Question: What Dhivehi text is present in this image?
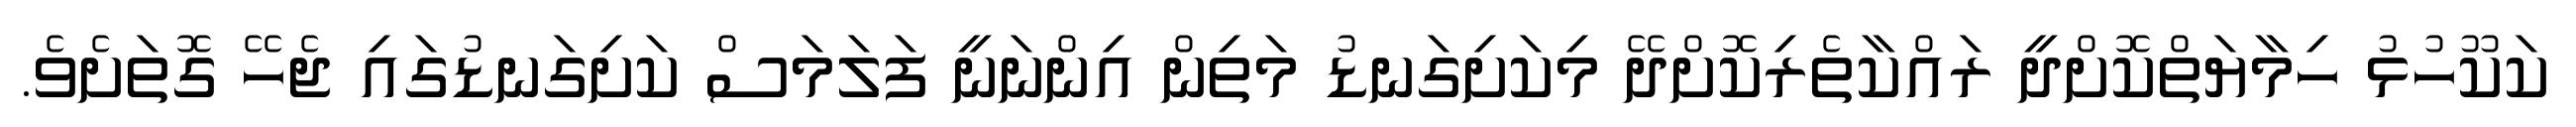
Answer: ކަކޫހުޅު ހިމާޔަތްކޮށްދީ ރައްކާތެރިކޮށްދޭ މިކަށިގަނޑު މަތިން އިންނަނީ ފަލަމަސް ކަށިގަނޑުގައި ޖެހޭ ގޮތަށެވެ.